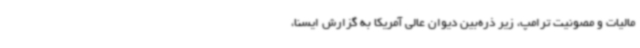
مالیات و مصونیت ترامپ، زیر ذره‌بین دیوان عالی آمریکا به گزارش ایسنا،